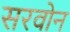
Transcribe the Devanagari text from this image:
सरवोन